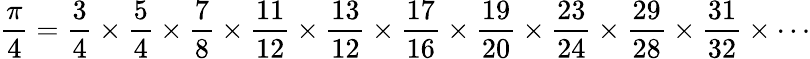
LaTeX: {\frac{\pi}{4}}={\frac{3}{4}}\times{\frac{5}{4}}\times{\frac{7}{8}}\times{\frac{11}{12}}\times{\frac{13}{12}}\times{\frac{17}{16}}\times{\frac{19}{20}}\times{\frac{23}{24}}\times{\frac{29}{28}}\times{\frac{31}{32}}\times\cdots